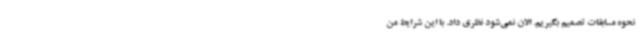
نحوه مسابقات تصمیم بگیریم. الان نمی‌شود نظری داد. با این شرایط من